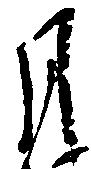
月